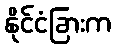
နိုင်ငံခြားက